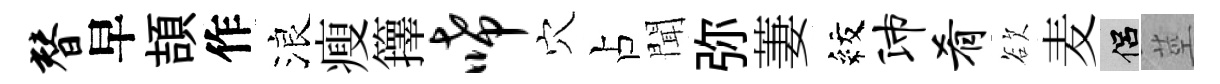
替早頡作浪瘦籜唏穴占聞弥萋紋沛肴欲麦侣莖